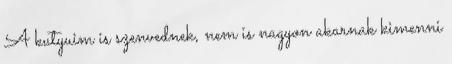
A kutyuim is szenvednek, nem is nagyon akarnak kimenni